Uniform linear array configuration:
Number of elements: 32
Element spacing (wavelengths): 0.25
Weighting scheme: binomial
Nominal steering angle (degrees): -30
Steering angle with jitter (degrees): -30.141
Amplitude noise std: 0.05
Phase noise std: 0.05

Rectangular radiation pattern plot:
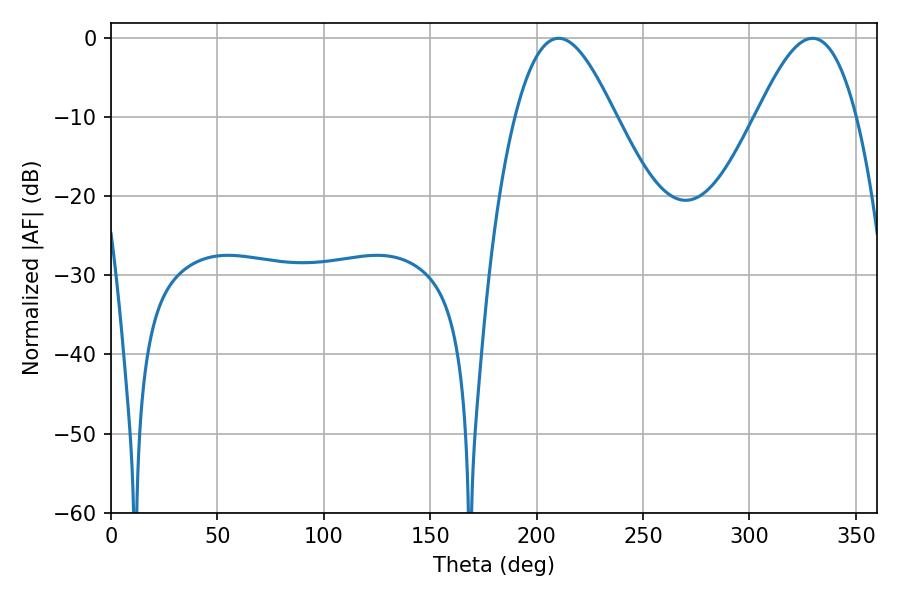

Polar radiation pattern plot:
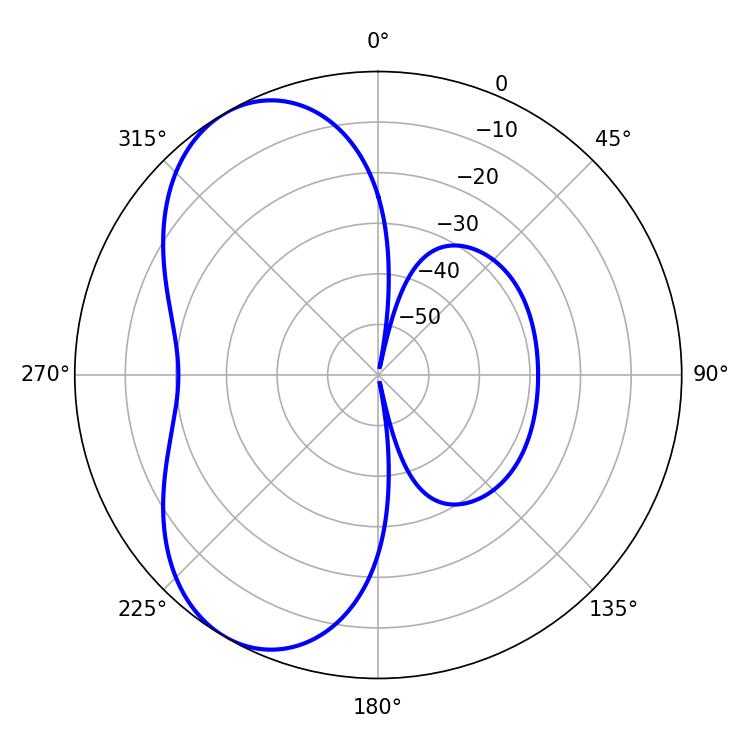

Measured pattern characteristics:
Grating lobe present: FALSE
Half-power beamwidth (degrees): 25.38
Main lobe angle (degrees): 210.42